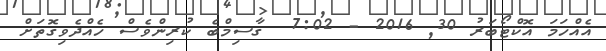
އެއްހަމަ އޮކްޓޯބަރު 30